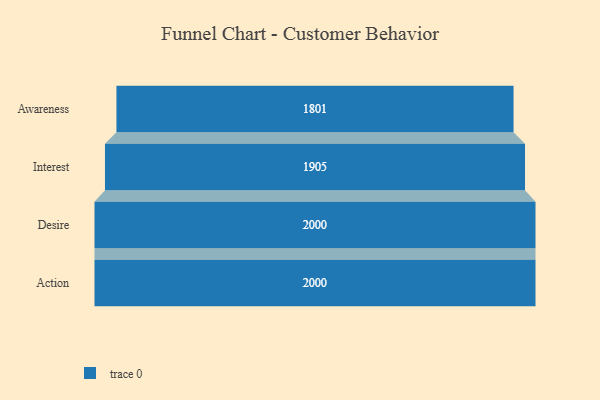
{"axis": {"x": "Stage", "y": "Value"}, "legend": [""], "data": [{"x": "Awareness", "y": 1801.0, "type": ""}, {"x": "Interest", "y": 1905.0, "type": ""}, {"x": "Desire", "y": 2000, "type": ""}, {"x": "Action", "y": 2000, "type": ""}]}